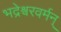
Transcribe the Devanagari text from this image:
भद्रेश्वरवर्मन्